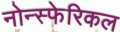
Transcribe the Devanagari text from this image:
नोन्स्फेरिकल